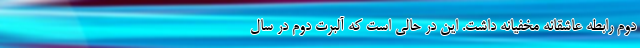
دوم رابطه عاشقانه مخفیانه داشت. این در حالی است که آلبرت دوم در سال